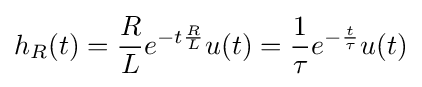
h_{R}(t)={\frac {R}{L}}e^{-t{\frac {R}{L}}}u(t)={\frac {1}{\tau }}e^{-{\frac {t}{\tau }}}u(t)